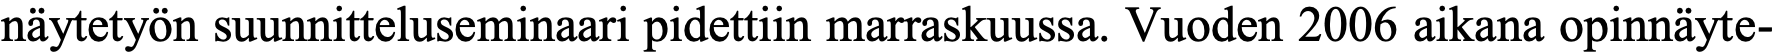
näytetyön suunnitteluseminaari pidettiin marraskuussa. Vuoden 2006 aikana opinnäyte-